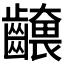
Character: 𮯕